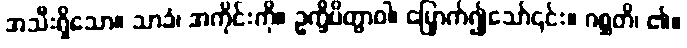
အသီးရှိသော။ သာခံ၊ အကိုင်းကို။ ဥက္ခိပိတွာဝါ၊ မြှောက်၍သော်၎င်း။ ဂစ္ဆတိ၊ ၏။